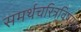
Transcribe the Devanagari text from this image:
समर्थचरित्रविषयक